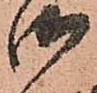
御